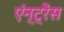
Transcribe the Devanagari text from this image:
एंन्ट्रेंस